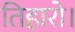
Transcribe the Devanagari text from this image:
तिहारो।